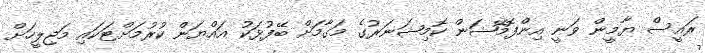
ރައީސް ޔާމީން ވަނީ އިންފޮމޭޝަން ކޮމިޝަނަރުގެ މަގާމަށް ބޭފުޅަކު އައްޔަން ކުރުމަށްޓަކައި މަޖިލީހަށް